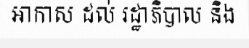
អាកាស ដល់ រដ្ឋាភិបាល និង